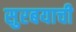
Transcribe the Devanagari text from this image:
सुरबयाची